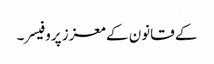
کے قانون کے معزز پروفیسر۔